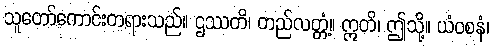
သူတော်ကောင်းတရားသည်။ ဌဿတိ၊ တည်လတ္တံ့။ ဣတိ၊ ဤသို့။ ယံဝစနံ၊